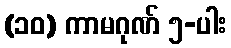
(၁၀) ကာမဂုဏ် ၅-ပါး